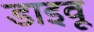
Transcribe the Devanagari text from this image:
डाइवू